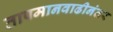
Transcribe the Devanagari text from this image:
तापमानवाढीनंतर